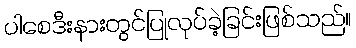
ပါစေဒီးနားတွင်ပြုလုပ်ခဲ့ခြင်းဖြစ်သည်။